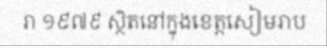
រា ១៩៧៩ ស្ថិតនៅក្នុងខេត្តសៀមរាប